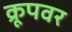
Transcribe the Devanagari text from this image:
क्रूपवर